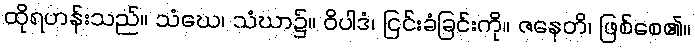
ထိုရဟန်းသည်။ သံဃေ၊ သံဃာ၌။ ဝိပါဒံ၊ ငြင်းခံခြင်းကို။ ဇနေတိ၊ ဖြစ်စေ၏။